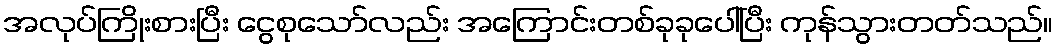
အလုပ်ကြိုးစားပြီး ငွေစုသော်လည်း အကြောင်းတစ်ခုခုပေါ်ပြီး ကုန်သွားတတ်သည်။